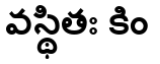
వస్థితః కిం